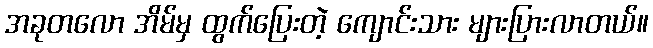
အခုတလော အိမ်မှ ထွက်ပြေးတဲ့ ကျောင်းသား များပြားလာတယ်။